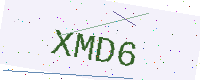
Text: XMD6